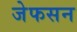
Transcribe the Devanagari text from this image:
जेफसन